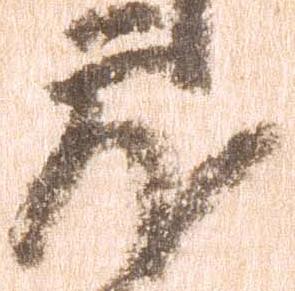
蔵